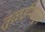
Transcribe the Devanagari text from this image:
तुळईपासून